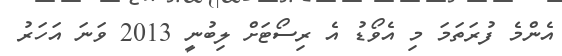
އެންމެ ފުރަތަމަ މި އެވޯޑު އެ ރިސޯޓަށް ލިބުނީ 2013 ވަނަ އަހަރު